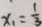
x _ { 1 } = \frac { 1 } { 3 }